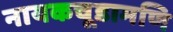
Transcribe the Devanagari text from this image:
नायकचूडामणि